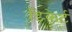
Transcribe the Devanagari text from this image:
डिकेर्ट